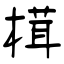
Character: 榵